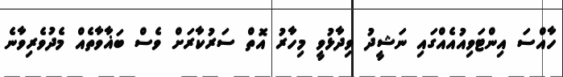
ހާއްސަ އިންޓަވިއުއެއްގައި ނަޝީދު ވިދާޅުވީ މިހާރު އޮތް ސަރުކާރަށް ވެސް ބަޣާވާތެއް މެދުވެރިވާނެ